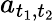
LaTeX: a_{t_{1},t_{2}}